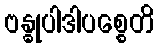
ဗန္ဓုပါဒါပစ္စေတိ